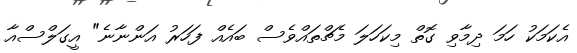
އެކަމަކު ހަމަ ދިމާވި ގޮތް މިކަހަލަ މެޗްތައްވެސް ބައެއް ފަހަރު އަންނާނެ" އީގަލްސްއާ